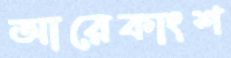
আরেকাংশ